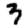
Digit: 3